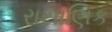
રાસાણિક